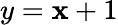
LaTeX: y=\mathbf{x}+1